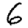
Digit: 6